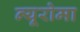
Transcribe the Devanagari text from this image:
न्यूरोमा